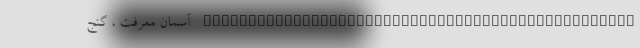
________________________________________________ آسمان معرفت ، گنج